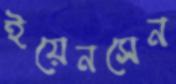
ইয়েনসেন